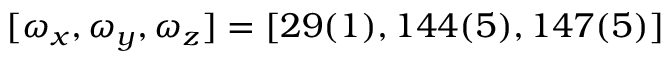
[ \omega _ { x } , \omega _ { y } , \omega _ { z } ] = [ 2 9 ( 1 ) , 1 4 4 ( 5 ) , 1 4 7 ( 5 ) ]